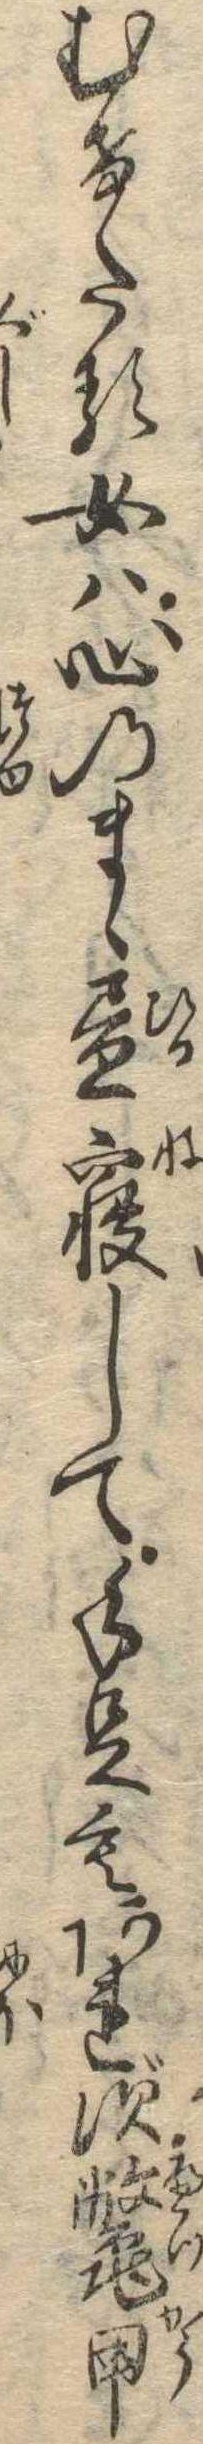
むけたる女は心のまゝ昼寝して手足もあれず鼈甲